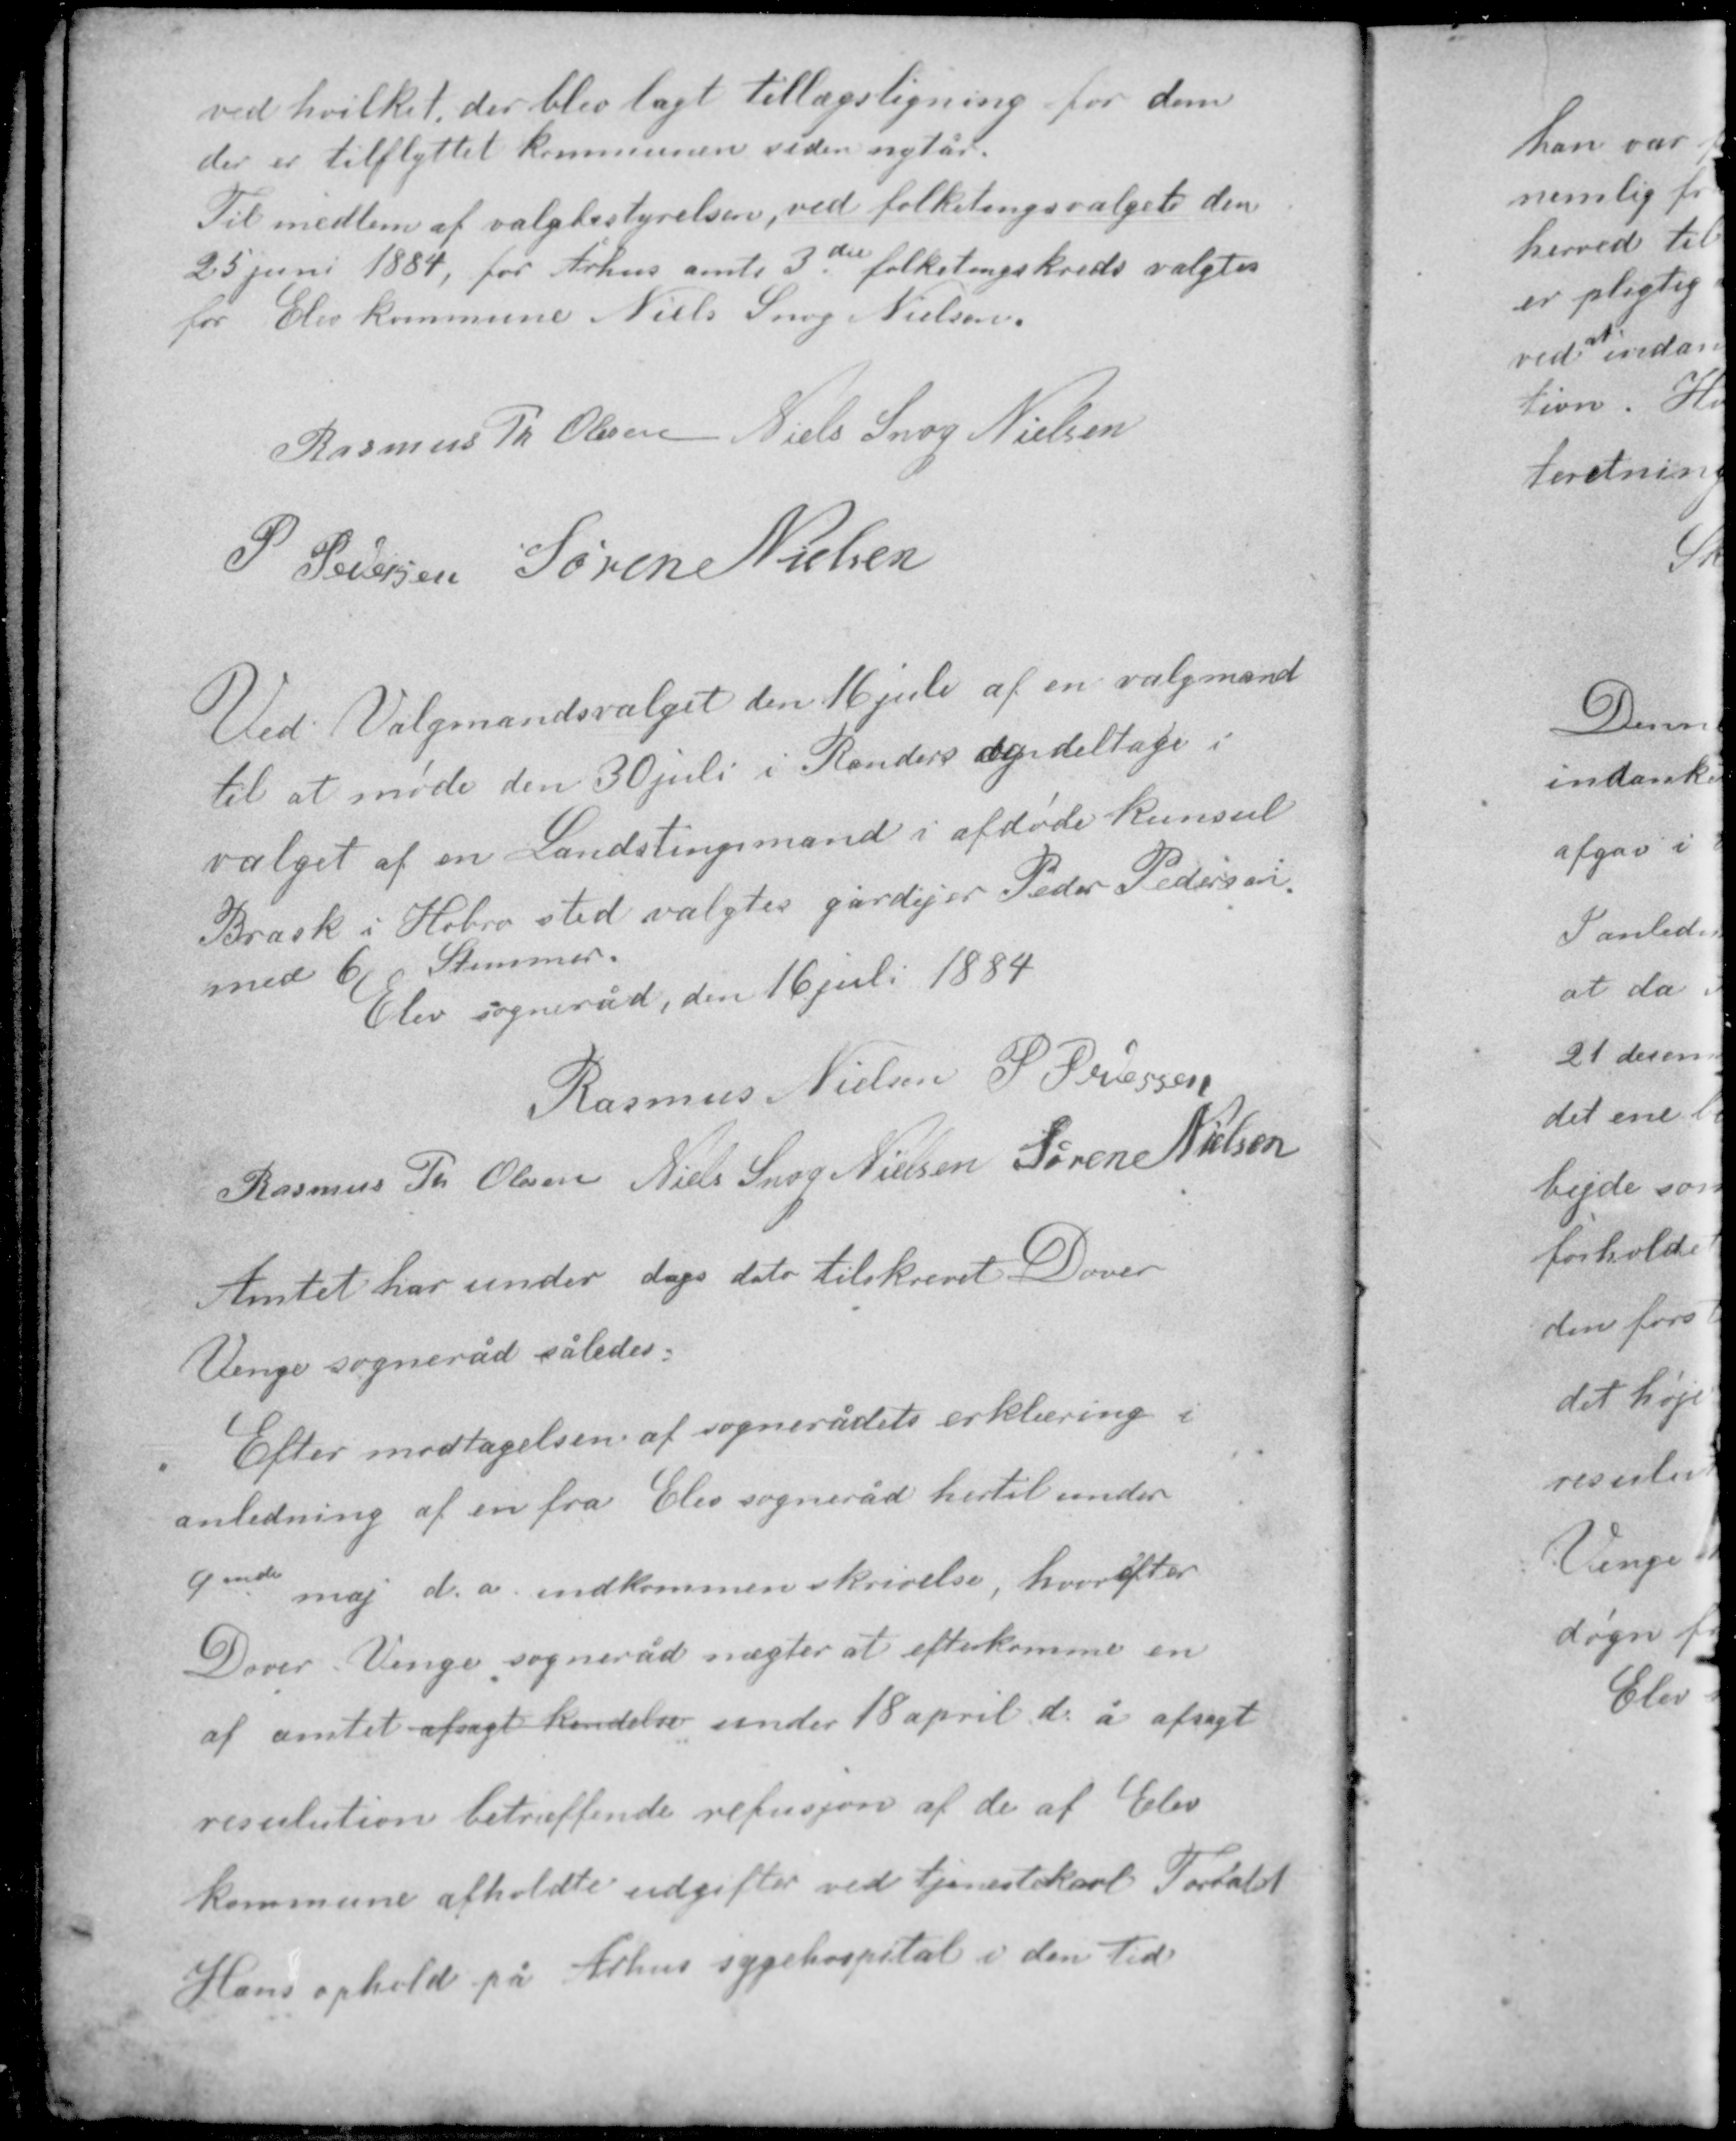
Transskription:
ved hvilket der blev lagt tillægsligning for dem
der er tilflyttet kommunen siden nytår.
Til medlem af valgbestyrelsen, ved folketingsvalget den
25 juni 1884, for Århus amts 3die folketingskreds valgtes
for Elev kommune Niels Snog Nielsen.

Rasmus Th Olesen Niels Snog Nielsen
P. Pedersen Søren Nielsen

Ved Valgmandsvalget den 16 juli af en valgmand
til at møde den 30 juli i Randers og deltage i
valget af en Landstingsmand i afdøde konsul
Brask i Hobro sted valgtes gårdejer Peder Pedersen
med 6 Stemmer.
Elev sogneråd den 16 juli 1884

Rasmus Nielsen P. Pedersen
Rasmus Th Olesen Niels Snog Nielsen Søren Nielsen

Amtet har under dags dato tilskrevet Dover-
Venge sogneråd således:

Efter modtagelsen af sognerådets erklæring i
anledning af en fra Elev sogneråd hertil under
9ende maj d. å. indkommen skrivelse, hvorefter
Dover-Venge sogneråd nægter at efterkomme en
af amtet afsagt kendelse under 18 april d. å. afsagt
resulution betræffende refusjon af de af Elev
kommune afholdte udgifter ved tjenestekarl Torvald
Hans ophold på Århus sygehospital i den Tid